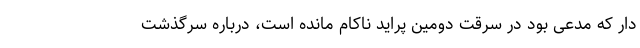
دار که مدعی بود در سرقت دومین پراید ناکام مانده است، درباره سرگذشت